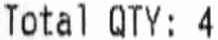
TOTAL QTY: 4